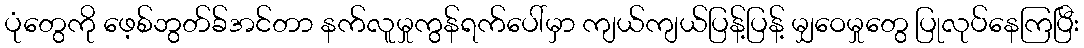
ပုံတွေကို ဖေ့စ်ဘွတ်ခ်အင်တာ နက်လူမှုကွန်ရက်ပေါ်မှာ ကျယ်ကျယ်ပြန့်ပြန့် မျှဝေမှုတွေ ပြုလုပ်နေကြပြီး